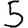
Digit: 5